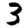
Digit: 3